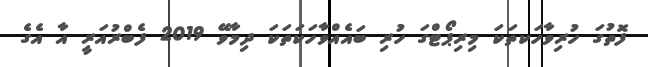
ފޮތުގަ ހުރިވާހަކތަކަ މިރިޕޯޓްގަ ހުރި ބައެއްވާހަކަތަކަ ދިމާވޭ 2019 ފެބްރުއަރީ އާ އެގެ